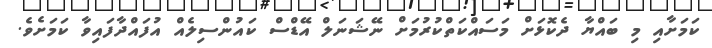
ކަމަށާއި މި ބައްޔާ ދެކޮޅަށް މަސައްކަތްކުރުމަށް ނޭޝަނަލް އޭޑްސް ކައުންސިލެއް އުފައްދާފައިވާ ކަމަށެވެ.